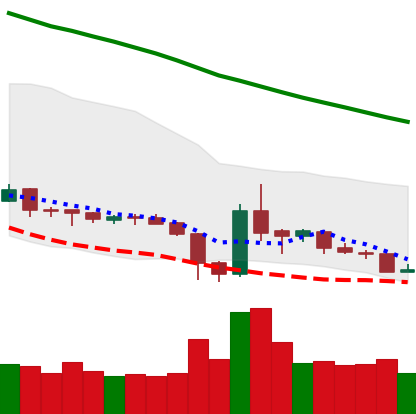
Ticker: XRP-USD
Chart end date: 2019-02-07
Forward return: 4.654%
Label: up_3_5